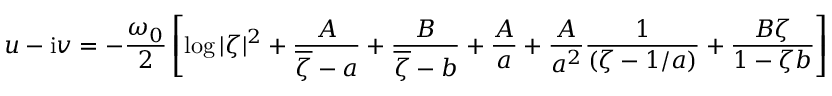
u - \mathrm { i } v = - { \frac { \omega _ { 0 } } { 2 } } \left[ \log | \zeta | ^ { 2 } + { \frac { A } { \overline { { \zeta } } - a } } + { \frac { B } { \overline { { \zeta } } - b } } + { \frac { A } { a } } + { \frac { A } { a ^ { 2 } } } { \frac { 1 } { ( \zeta - 1 / a ) } } + { \frac { B \zeta } { 1 - \zeta b } } \right]